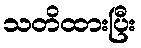
သတိထားပြီး